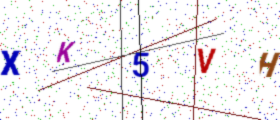
Text: XK5VH